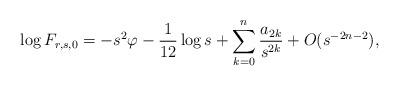
LaTeX: \begin{align*}\log F_{r,s,0}=-s^2 \varphi -\frac{1}{12}\log s+\sum_{k=0}^{n} \frac{a_{2k}}{s^{2k}}+O(s^{-2n-2}),\end{align*}